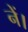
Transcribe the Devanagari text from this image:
नें।